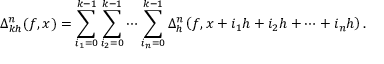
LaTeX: \Delta _ { k h } ^ { n } ( f , x ) = \sum _ { i _ { 1 } = 0 } ^ { k - 1 } \sum _ { i _ { 2 } = 0 } ^ { k - 1 } \cdots \sum _ { i _ { n } = 0 } ^ { k - 1 } \Delta _ { h } ^ { n } \left( f , x + i _ { 1 } h + i _ { 2 } h + \cdots + i _ { n } h \right) .